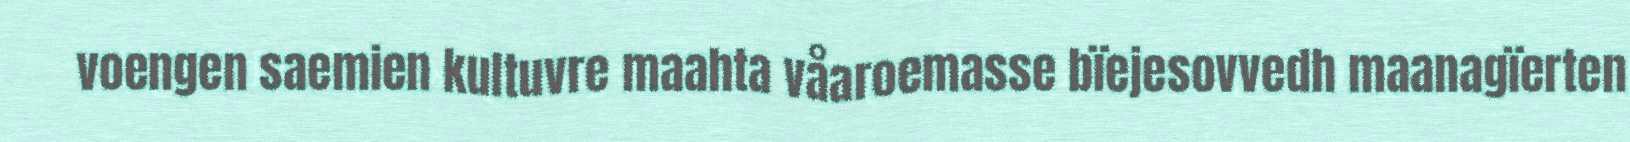
voengen saemien kultuvre maahta våaroemasse bïejesovvedh maanagïerten